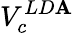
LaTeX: V_{c}^{LD\mathbf{A}}